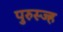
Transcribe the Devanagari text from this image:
पुरुस्ज्ह